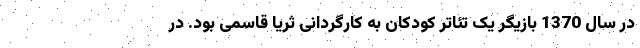
در سال 1370 بازیگر یک تئاتر کودکان به کارگردانی ثریا قاسمی بود. در